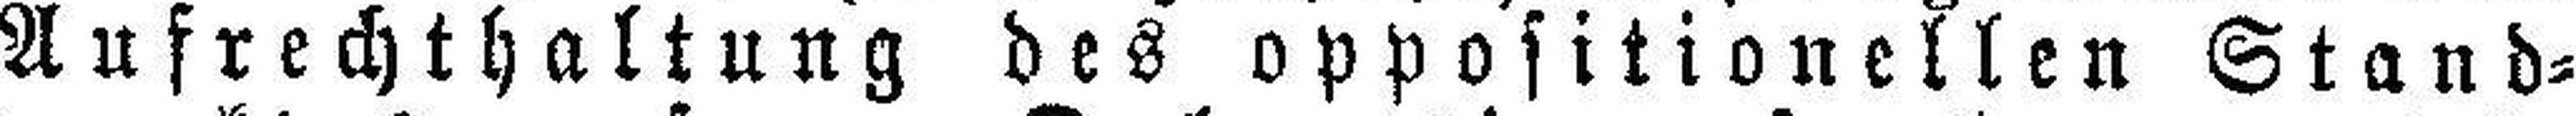
Aufrechthaltung des oppositionellen Stand¬